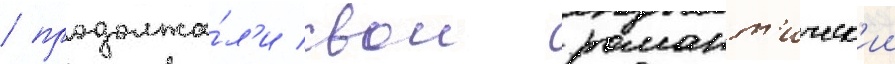
/ продолжа́л'и свои романт'ическ'ии